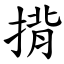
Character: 揹